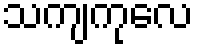
သကျကုလေ